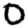
Digit: 0